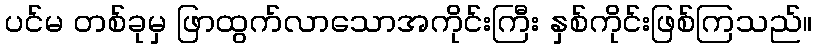
ပင်မ တစ်ခုမှ ဖြာထွက်လာသောအကိုင်းကြီး နှစ်ကိုင်းဖြစ်ကြသည်။